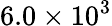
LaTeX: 6.0\times 10^{3}